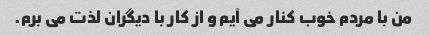
من با مردم خوب کنار می آیم و از کار با دیگران لذت می برم.